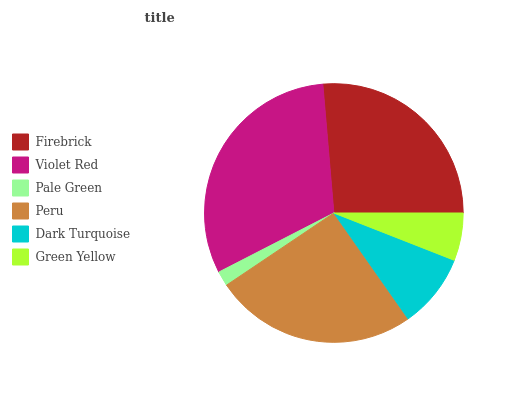
| Firebrick | Violet Red | Pale Green | Peru | Dark Turquoise | Green Yellow |
 | --- | --- | --- | --- | --- | --- |
 | 26.4% | 31.2% | 1.88% | 25.3% | 9.3% | 5.95% |